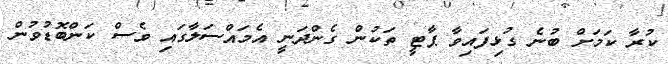
ކުރާ ކަމަށް ބުނެ ގުޅިފައިވާ ޕާޓީ ތަކުން ގެންދަނީ އެމައްސަލާގައި ވެސް ކަންބޮޑުވުން